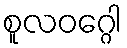
စူလဝဂ္ဂေါ